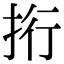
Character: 𢫱